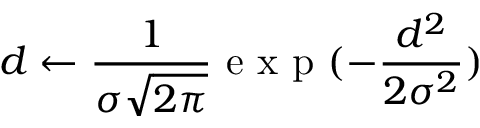
d \leftarrow \frac { 1 } { \sigma \sqrt { 2 \pi } } \textrm { e x p } ( - \frac { d ^ { 2 } } { 2 \sigma ^ { 2 } } )